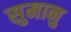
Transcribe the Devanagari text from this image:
सुमानु